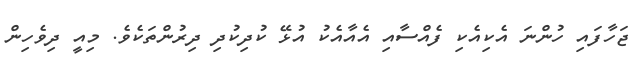
ޖަހާފައި ހުންނަ އެކިއެކި ފެއްސާއި އެއާއެކު އުޅޭ ކުދިކުދި ދިރުންތަކެވެ. މިއީ ދިވެހިން